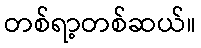
တစ်ရာ့တစ်ဆယ်။